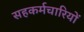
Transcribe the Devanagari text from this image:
सहकर्मचारियों